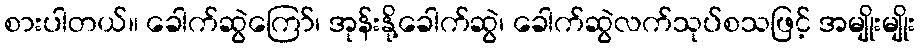
စားပါတယ်။ ခေါက်ဆွဲကြော်၊ အုန်းနို့ခေါက်ဆွဲ၊ ခေါက်ဆွဲလက်သုပ်စသဖြင့် အမျိုးမျိုး